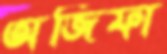
অজিফা